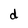
Character: d